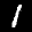
Label: 1